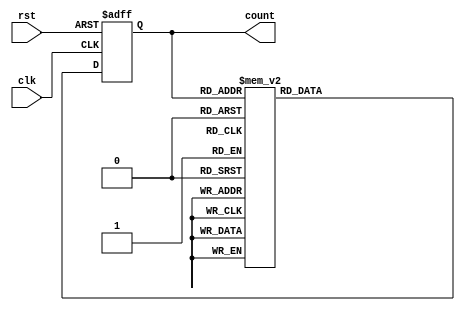
module gray_code_counter (
    input wire clk,
    input wire rst,
    output reg [3:0] count // assuming 4-bit Gray code counter
);

reg [3:0] next_count;

always @(posedge clk or posedge rst) begin
    if (rst) begin
        count <= 4'b0; // initialize count to 0
    end else begin
        count <= next_count;
    end
end

always @* begin
    case (count)
        4'b0000: next_count = 4'b0001;
        4'b0001: next_count = 4'b0011;
        4'b0011: next_count = 4'b0010;
        4'b0010: next_count = 4'b0110;
        4'b0110: next_count = 4'b0111;
        4'b0111: next_count = 4'b0101;
        4'b0101: next_count = 4'b0100;
        4'b0100: next_count = 4'b1100;
        4'b1100: next_count = 4'b1101;
        4'b1101: next_count = 4'b1111;
        4'b1111: next_count = 4'b1110;
        4'b1110: next_count = 4'b1010;
        4'b1010: next_count = 4'b1011;
        4'b1011: next_count = 4'b1001;
        4'b1001: next_count = 4'b1000;
        4'b1000: next_count = 4'b0000;
    endcase
end

endmodule